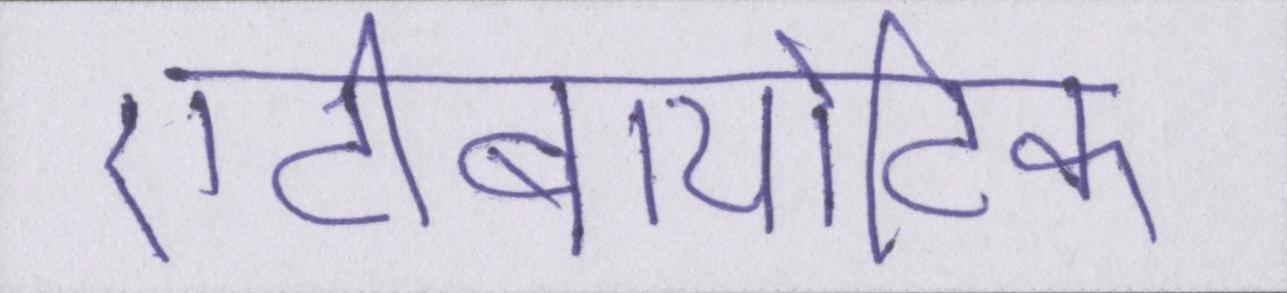
एंटीबायोटिक